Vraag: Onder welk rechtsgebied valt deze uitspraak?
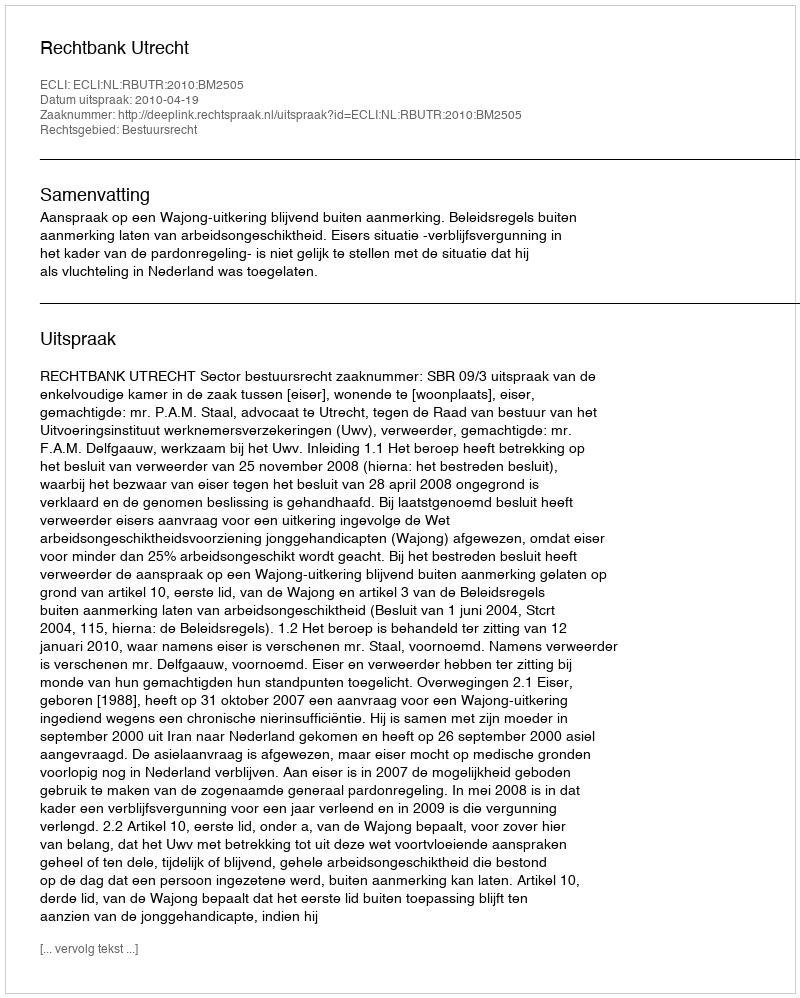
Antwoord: Bestuursrecht